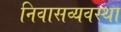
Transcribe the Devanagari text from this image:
निवासव्यवस्था